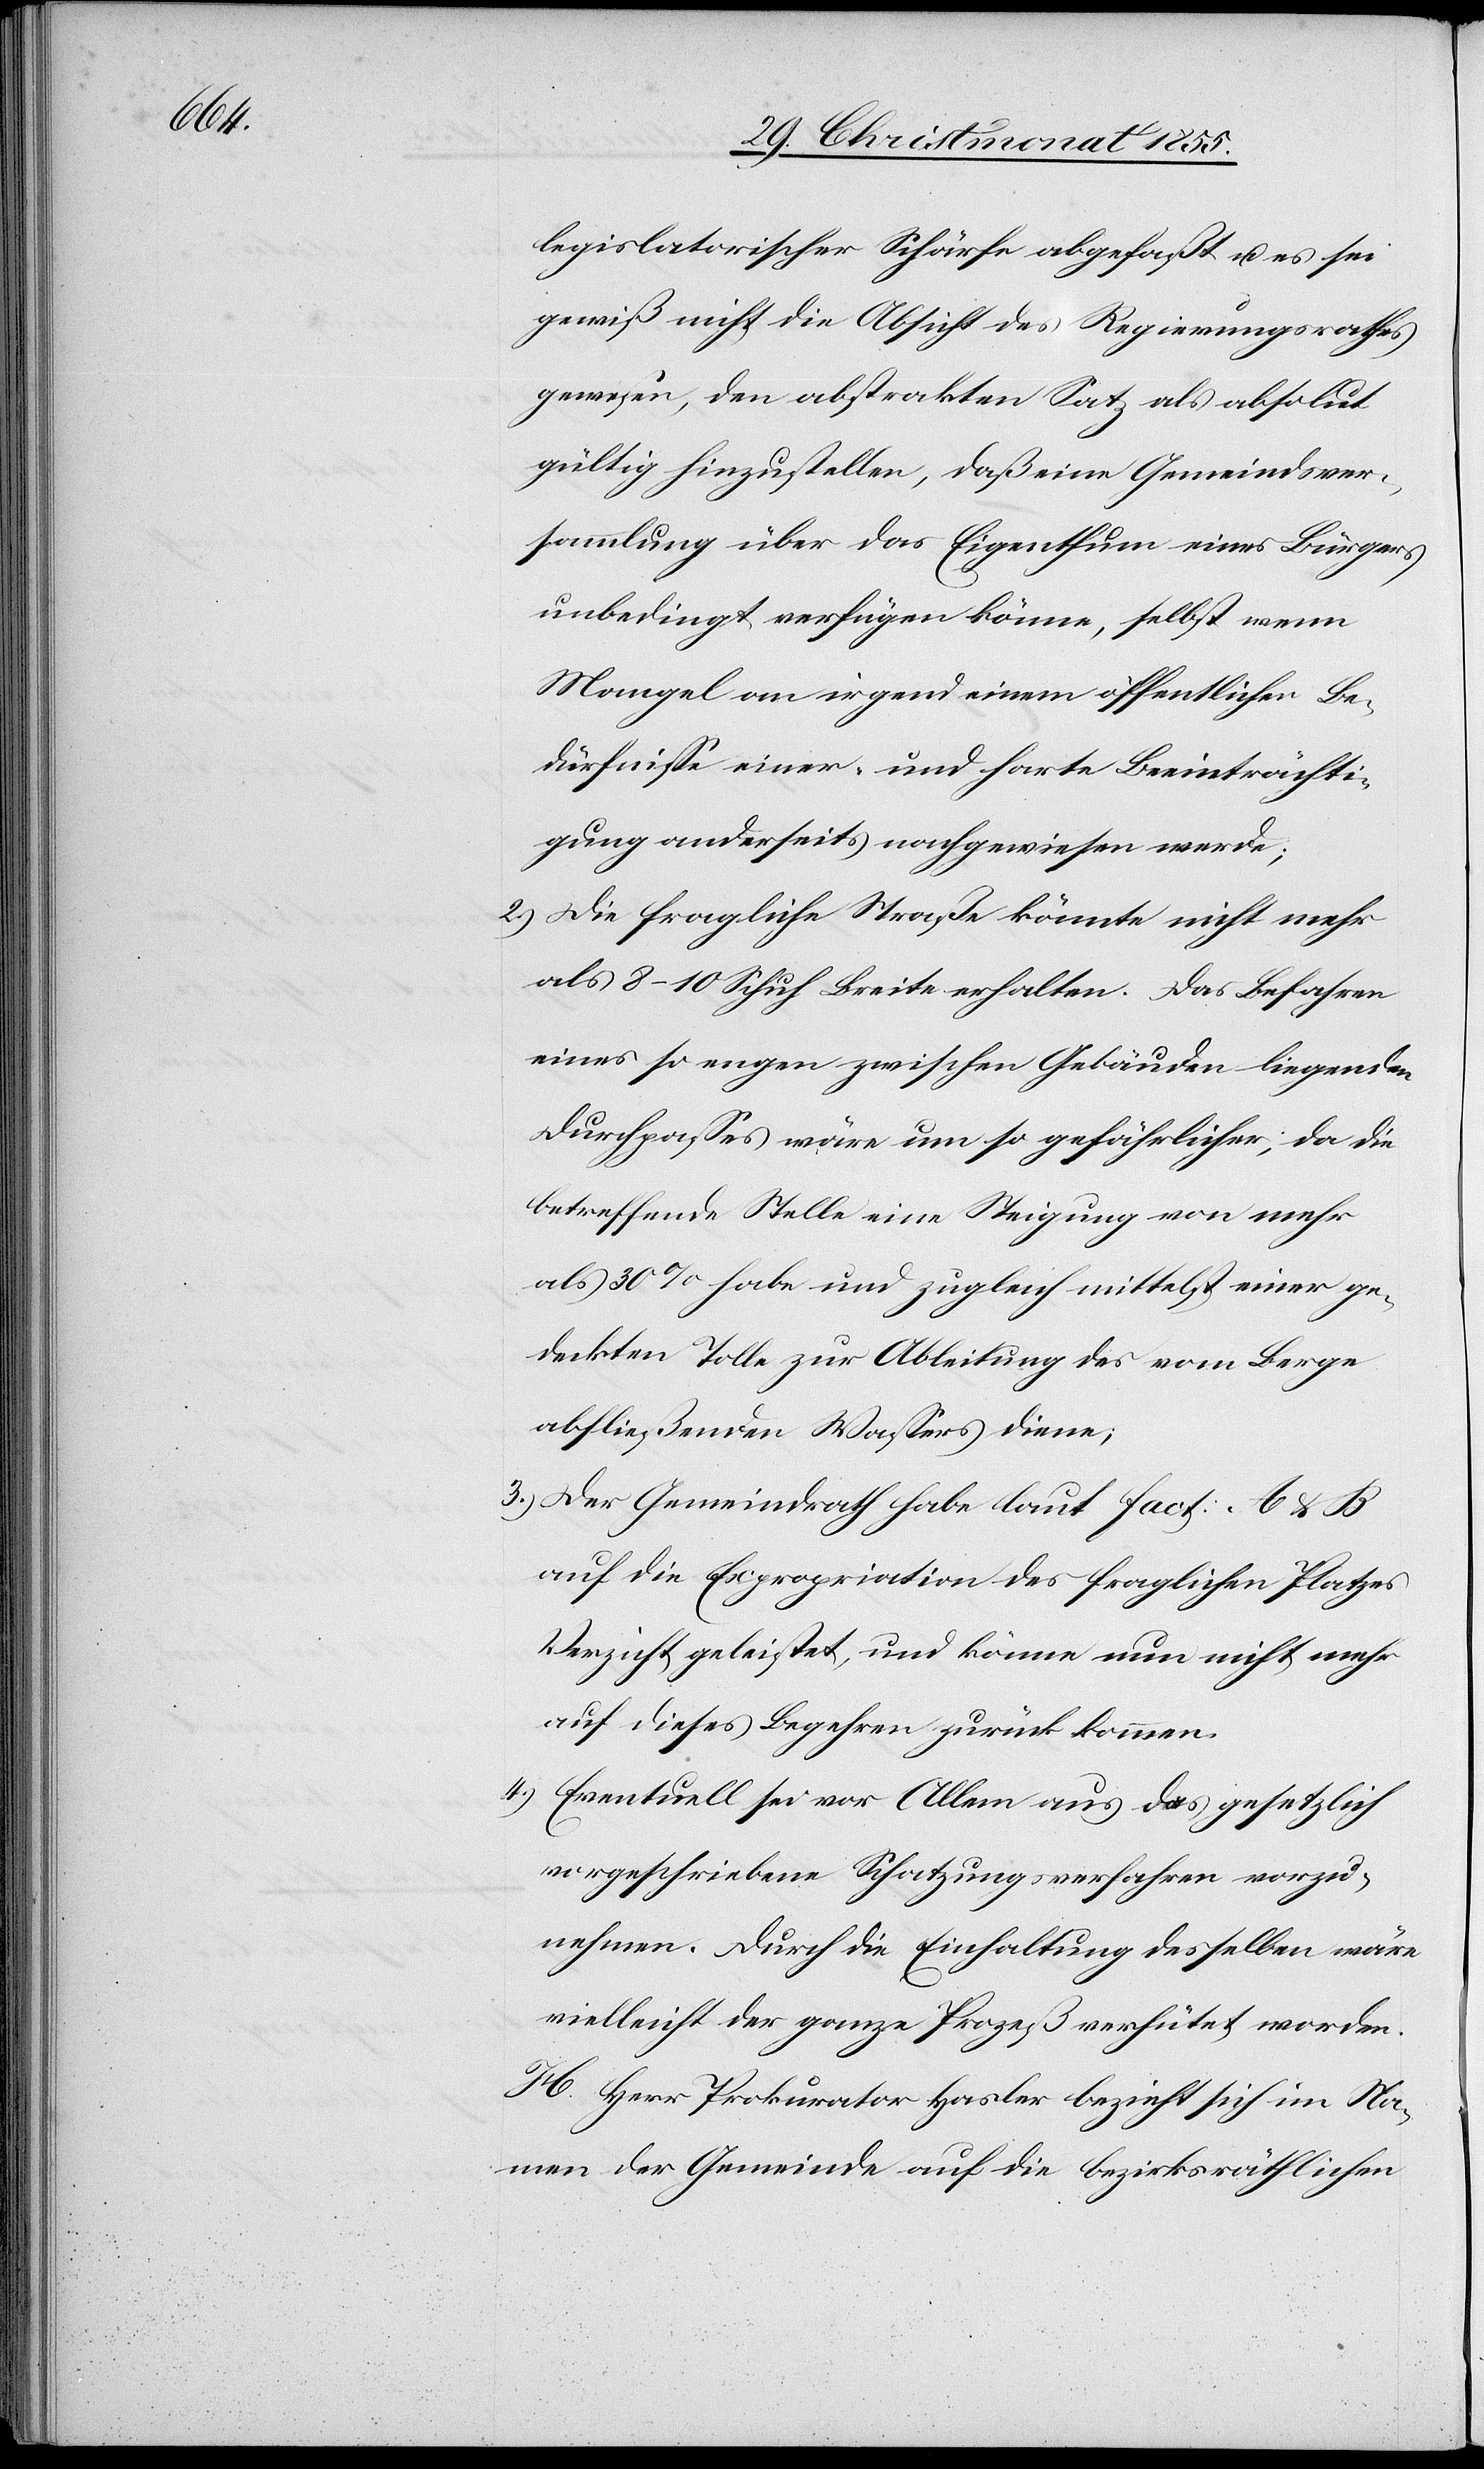
legislatorischer Schärfe abgefaßt u. es sei
gewiß nicht die Absicht des Regierungsrathes
gewesen, den abstrakten Satz als absolut
gültig hinzustellen, daß eine Gemeindsver¬
sammlung über das Eigenthum eines Bürgers
unbedingt verfügen könne, selbst wenn
Mangel an irgend einem öffentlichen Be¬
dürfnisse einer- und harte Beeinträchti¬
gung anderseits nachgewiesen werde;
Die fragliche Straße könnte nicht mehr
als 8–10 Schuh Breite erhalten. Das Befahren
eines so engen zwischen Gebäuden liegenden
Durchpasses wäre um so gefährlicher, da die
betreffende Stelle eine Steigung von mehr
als 30% habe und zugleich mittelst einer ge¬
deckten Tolle zur Ableitung des vom Berge
abfließenden Wassers diene;
Der Gemeindrath habe laut Fact: A & B
auf die Expropriation des fraglichen Platzes
Verzicht geleistet, und könne nun nicht mehr
auf dieses Begehren zurück kommen.
Eventuell sei vor Allem aus das gesetzlich
vorgeschriebene Schatzungsverfahren vorzu¬
nehmen. Durch die Einhaltung desselben wäre
vielleicht der ganze Prozeß verhütet worden.
H. Herr Prokurator Hasler bezieht sich im Na¬
men der Gemeinde auf die bezirksräthlichen